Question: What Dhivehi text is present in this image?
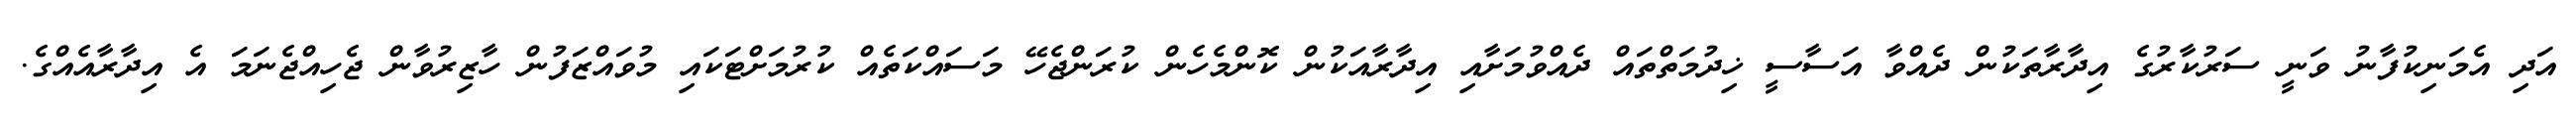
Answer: އަދި އެމަނިކުފާނު ވަނީ ސަރުކާރުގެ އިދާރާތަކުން ދެއްވާ އަސާސީ ޚިދުމަތްތައް ދެއްވުމަށާއި އިދާރާއަކުން ކޮންމެހެން ކުރަންޖެހޭ މަސައްކަތެއް ކުރުމަށްޓަކައި މުވައްޒަފުން ހާޒިރުވާން ޖެހިއްޖެނަމަ އެ އިދާރާއެއްގެ.